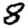
Digit: 8